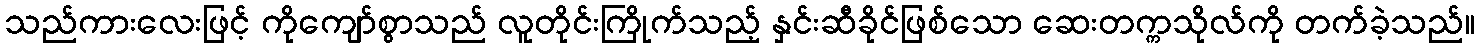
သည်ကားလေးဖြင့် ကိုကျော်စွာသည် လူတိုင်းကြိုက်သည့် နှင်းဆီခိုင်ဖြစ်သော ဆေးတက္ကသိုလ်ကို တက်ခဲ့သည်။